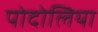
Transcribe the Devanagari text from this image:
पोदोलिया